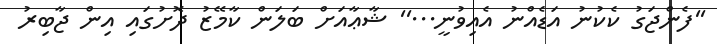
''ފެންޖަގު ކެކުނު އަޑެއްނު އެއިވުނީ...'' ޝާޢާއަށް ބަލަން ކާމޭޒު ދޮށުގައި އިން ޖާބިރު